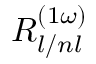
R _ { l / n l } ^ { \left( 1 \omega \right) }